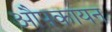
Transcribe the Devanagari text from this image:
औपकायन